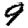
Digit: 9